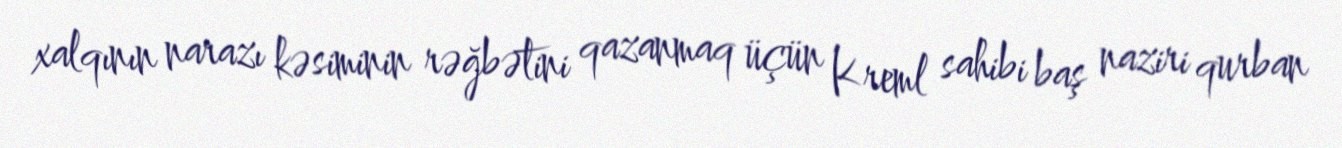
xalqının narazı kəsiminin rəğbətini qazanmaq üçün Kreml sahibi baş naziri qurban